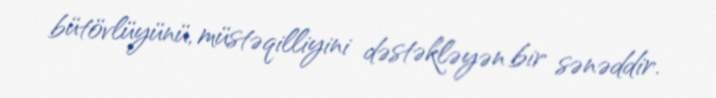
bütövlüyünü, müstəqilliyini dəstəkləyən bir sənəddir.